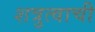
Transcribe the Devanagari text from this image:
शत्रुत्वाची